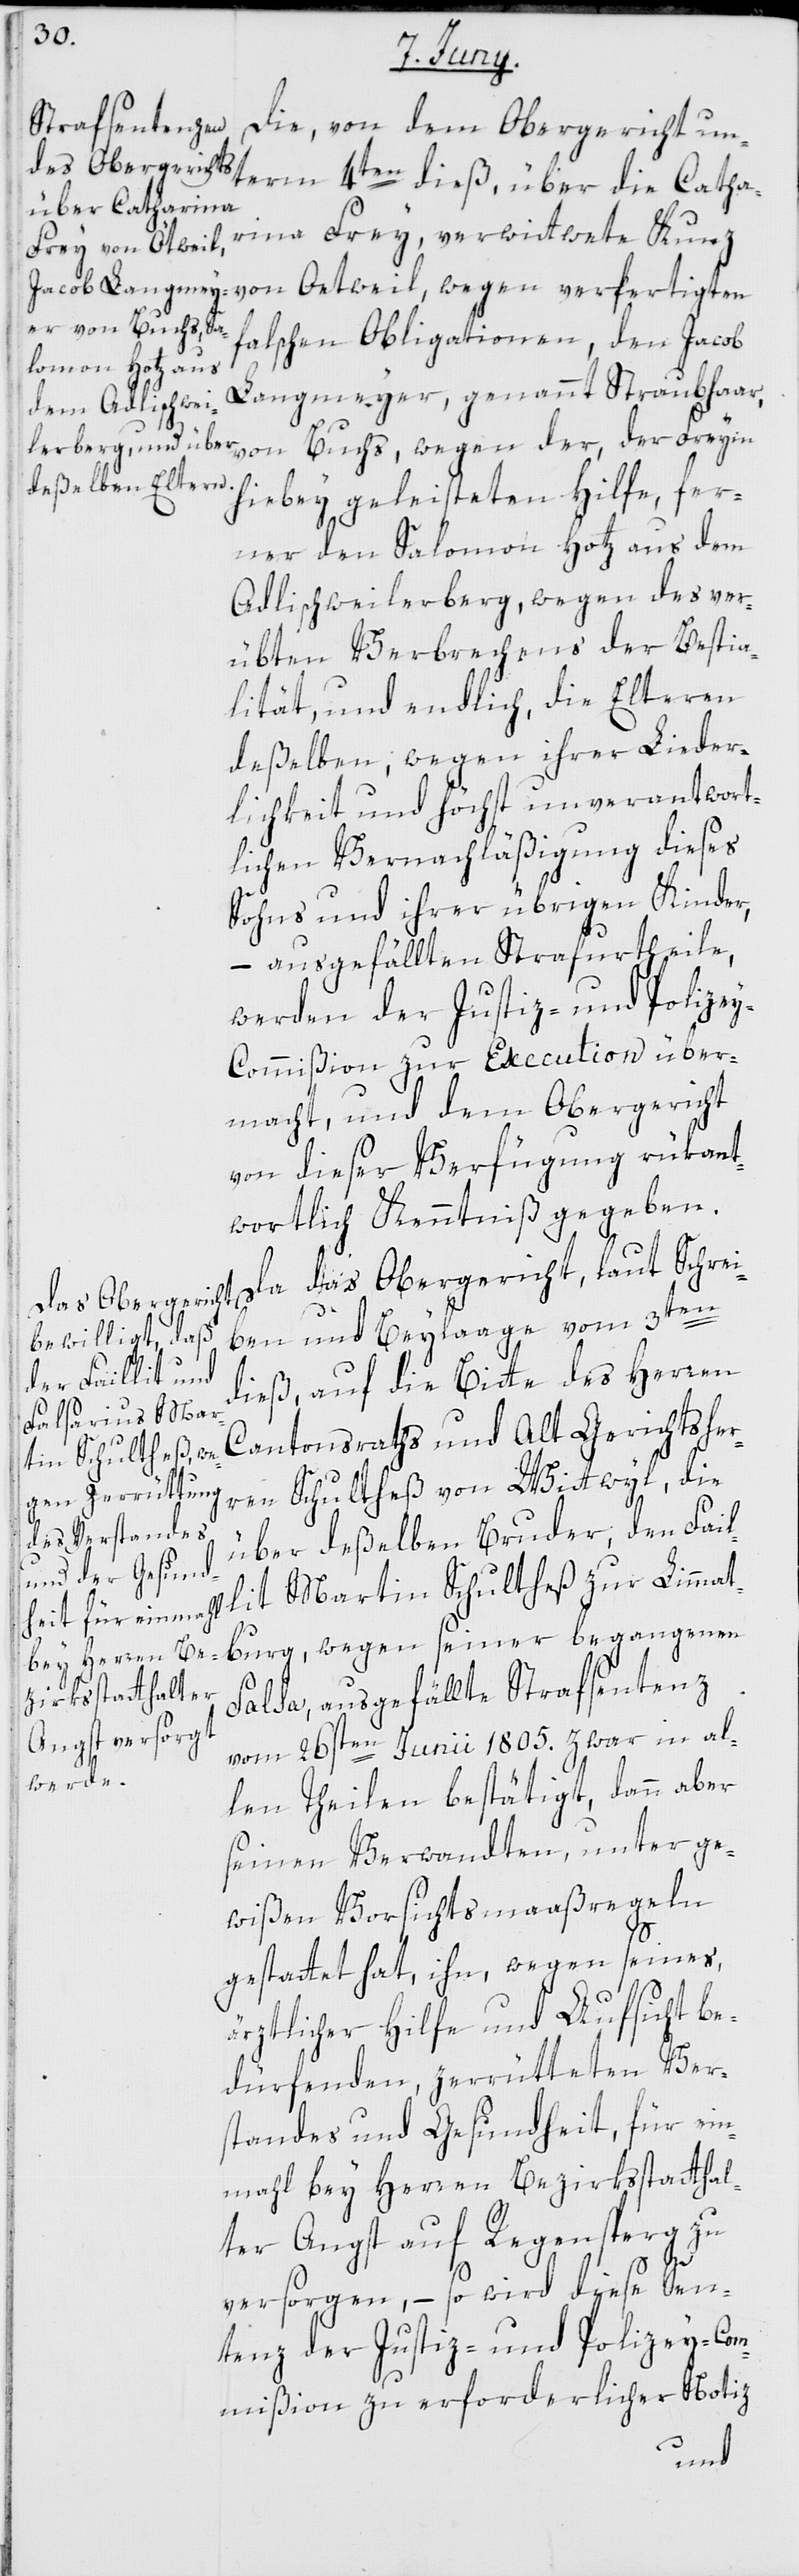
Die, von dem Obergericht un¬
term 4ten dieß, über die Catha¬
rina Frey, verwittwete Kunz
von Oetweil, wegen verfertigten
falschen Obligationen; den Jacob
Langmeyer, genannt Strubhaar,
von Buchs, wegen der der Freyin
hiebey geleisteten Hilfe, fer¬
ner den Salomon Hotz aus dem
Adlischweilerberg, wegen des ver¬
übten Verbrechens der Bestia¬
lität; und endlich, die Elteren
deßelben, wegen ihrer Lieder¬
lichkeit und höchst unverantwort¬
lichen Vernachläßigung dieses
Sohns und ihrer übrigen Kinder,
– ausgefällten Strafurtheile,
werden der Justiz- und Polize¬
y-Commißion zur Execution über¬
macht, und dem Obergericht
von dieser Verfügung rükant¬
wortlich Kenntniß gegeben.
Da das Obergericht, laut Schrei¬
ben und Beylaage vom 3ten
dieß, auf die Bitte des Herren
lit Mar¬
Cantonsraths und Alt Gerichtsher¬
tin Schultheß zur
ren Schultheß von Wittwyl, die
über deßelben Bruder, den Fail¬
brug, wegen seiner begangenen
Falsa, ausgefällte Strafsentenz
vom 26sten Junii 1805. zwar in al¬
len Theilen bestätigt, dann aber
seinen Verwandten, unter ge¬
wißen Vorsichtsmaaßregeln
gestattet hat, ihn, wegen seines,
ärztlicher Hilfe und Aufsicht be¬
dürfenden, zerrütteten Ver¬
standes und Gesundheit, für ein¬
mahl bey Herren Bezirksstatthal¬
ter Angst auf Regensperg zu
versorgen, – so wird diese Sen¬
tenz der Justiz- und Polizey-Com¬
mißion zu erforderlicher Notiz
Limmat¬